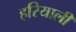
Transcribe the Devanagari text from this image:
हरियाली